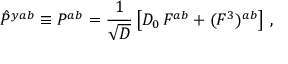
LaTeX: \hat { P } ^ { y a b } \equiv P ^ { a b } = { \frac { 1 } { \sqrt { \cal D } } } \left[ { \cal D } _ { 0 } \, { \cal F } ^ { a b } + ( { \cal F } ^ { 3 } ) ^ { a b } \right] \, ,